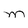
Character: M